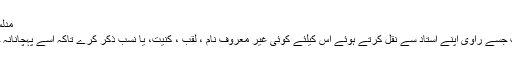
مُدلَّس الشیخ:
وہ حدیث جسے راوی اپنے استاد سے نقل کرتے ہوئے اس کیلئے کوئی غیر معروف نام ، لقب ، کنیت، یا نسب ذکر کرے تاکہ اسے پہچانانہ جاسکے۔